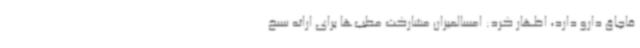
قاچاق دارو دارد، اظهار کرد: امسالمیزان مشارکت مطب‌ها برای ارائه نسخ